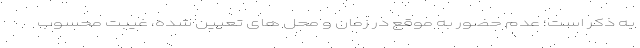
به ذکر است؛ عدم حضور به موقع در زمان و محل های تعیین شده، غیبت محسوب